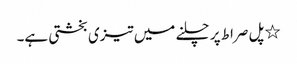
٭ پل صراط پر چلنے میں تیزی بخشتی ہے۔